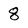
Character: 8